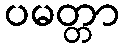
ပမတ္တာ